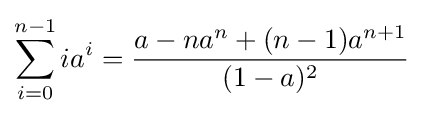
\sum _{i=0}^{n-1}ia^{i}={\frac {a-na^{n}+(n-1)a^{n+1}}{(1-a)^{2}}}